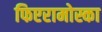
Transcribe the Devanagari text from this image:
फिएरामोस्का